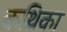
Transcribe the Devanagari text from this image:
कथ्रिका